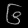
Digit: ၆